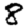
Digit: 8